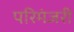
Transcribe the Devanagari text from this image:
परिमंजरी